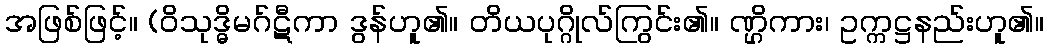
အဖြစ်ဖြင့်။ (ဝိသုဒ္ဓိမဂ်ဋီကာ ဒွန်ဟူ၏။ တိယပုဂ္ဂိုလ်ကြွင်း၏။ ဏ္ဌိကား၊ ဥက္ကဋ္ဌနည်းဟူ၏။